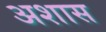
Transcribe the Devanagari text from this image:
अशास